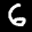
Label: 6